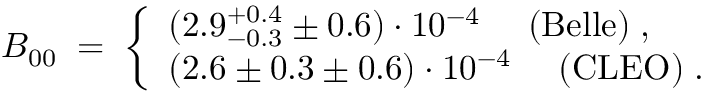
{ \cal B } _ { 0 0 } \; = \; \left\{ \begin{array} { l } { { ( 2 . 9 _ { - 0 . 3 } ^ { + 0 . 4 } \pm 0 . 6 ) \cdot 1 0 ^ { - 4 } ~ ~ ~ ~ ( \mathrm { B e l l e } ) \; , \; \; \; \; \; \; } } \\ { { ( 2 . 6 \pm 0 . 3 \pm 0 . 6 ) \cdot 1 0 ^ { - 4 } ~ ~ ~ ~ ( \mathrm { C L E O } ) \; . } } \end{array} \right.